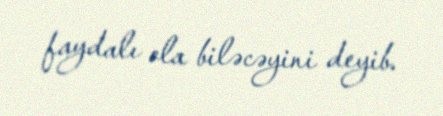
faydalı ola biləcəyini deyib.